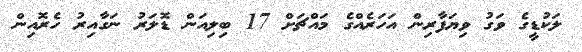
ލަކުޑީގެ ވަގު ވިޔަފާރިން އަހަރެއްގެ މައްޗަށް 17 ބިލިއަން ޑޮލަރު ނަގާއިރު ހެރޮއިން